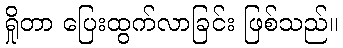
ရှိုတာ ပြေးထွက်လာခြင်း ဖြစ်သည်။